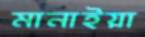
মানাইয়া